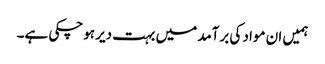
ہمیں ان مواد کی برآمد میں بہت دیر ہوچکی ہے۔